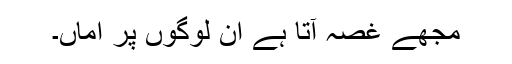
مجھے غصہ آتا ہے ان لوگوں پر اماں۔